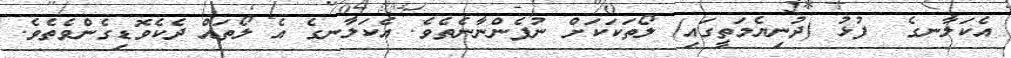
އެކަލާނގެ  ފުޅު (ދުނިޔެމަތީގައި) ލޯތަކަކަށް ނުފެންނާނެތެވެ. އެކަލާނގެ އެ ލޯތައް ދެކެވޮޑިގެންވެތެވެ.